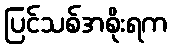
ပြင်သစ်အစိုးရက